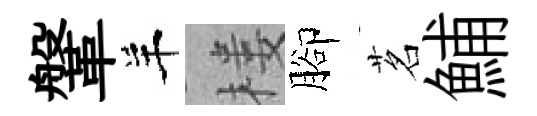
鞶羊楼腳茗鯆